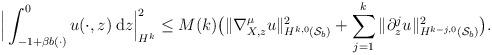
LaTeX: \begin{align*} \Big{|}\int_{-1+ \beta b(\cdot)}^0u(\cdot,z)\: \mathrm{d}z \Big{|}_{H^k}^2 \leq M(k) \big{(}\|\nabla_{X,z}^{\mu}u\|^2_{H^{k,0}(\mathcal{S}_b)} + \sum\limits_{j=1}^k\|\partial_z^{j}u\|_{H^{k-j,0}(\mathcal{S}_b)}^2\big{)}. \end{align*}